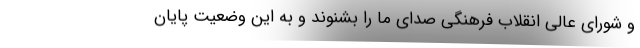
و شورای عالی انقلاب فرهنگی صدای ما را بشنوند و به این وضعیت پایان